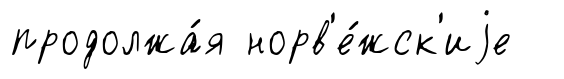
продолжа́я норв'е́жск'иjе